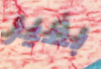
بغير